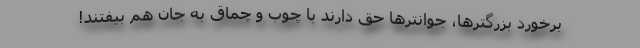
برخورد بزرگترها، جوانترها حق دارند با چوب و چماق به جان هم بیفتند!